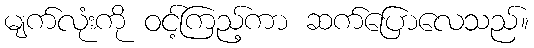
မျက်လုံးကို ဝင့်ကြည့်ကာ ဆက်ပြောလေသည်။